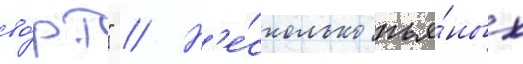
во́рт" // Н'е́сколько пья́ных